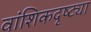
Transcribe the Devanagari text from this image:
वांशिकदृष्ट्या